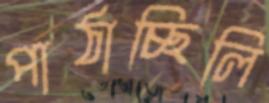
পাঠাচ্ছিলি